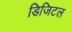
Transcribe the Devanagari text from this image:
डिजिटल